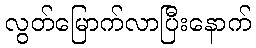
လွတ်မြောက်လာပြီးနောက်